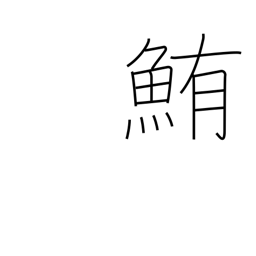
Meaning: tuna